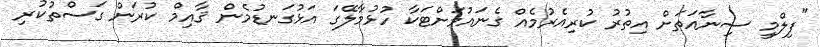
"ފިލްމީ ސިނާއަތަށް އިތުރު ކުރިއެރުމެެއް ގެނައުމަށްޓަކާ ހުޅުމާލޭގަ އަޅުގަނޑުމެން ޤާއިމް ކުރަން ގަސްތުކުރި